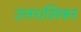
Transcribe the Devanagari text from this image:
उत्तराशिकर